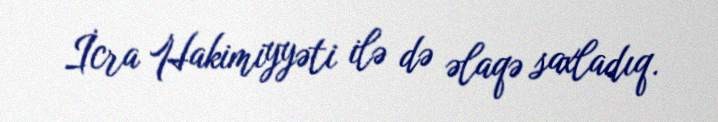
İcra Hakimiyyəti ilə də əlaqə saxladıq.